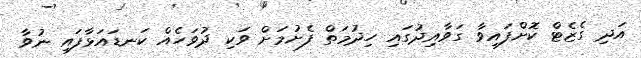
އަދި ގެޒެޓް ކޮށްފައިވާ ގަވާއިދުގައި ހިދުމަތް ފެށުމަށް ވަކި ދުވަހެއް ކަނޑައަޅާފައި ނުވާ